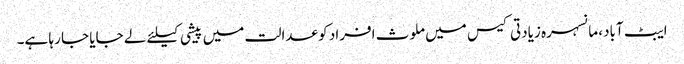
ایبٹ آباد، مانسہرہ زیادتی کیس میں ملوث افراد کو عدالت میں پیشی کیلئے لے جایا جا رہا ہے۔